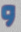
و